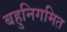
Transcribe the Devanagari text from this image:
बहुनिगमित